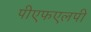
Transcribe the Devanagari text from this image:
पीएफएलपी